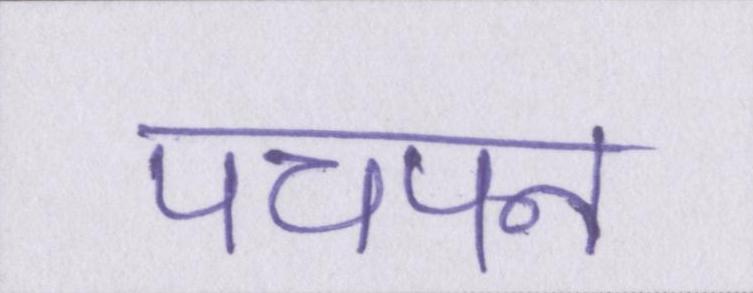
पचपन